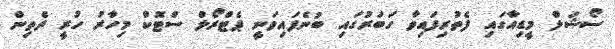
ސޯޝަލް މީޑިއާގައި ފެތުރިފައިވާ ހަބަރުގައި ބުނެފައިވަނީ ޕެޓްރޯލް ސްޓޮކް މިހާރު ހުރީ ދެތިން